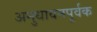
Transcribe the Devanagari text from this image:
अनुधावनपूर्वक